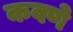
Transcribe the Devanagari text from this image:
कवणे